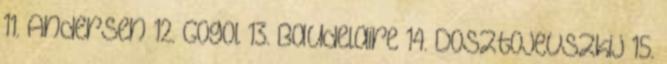
11. Andersen 12. Gogol 13. Baudelaire 14. Dosztojevszkij 15.